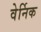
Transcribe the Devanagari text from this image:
वेर्निक